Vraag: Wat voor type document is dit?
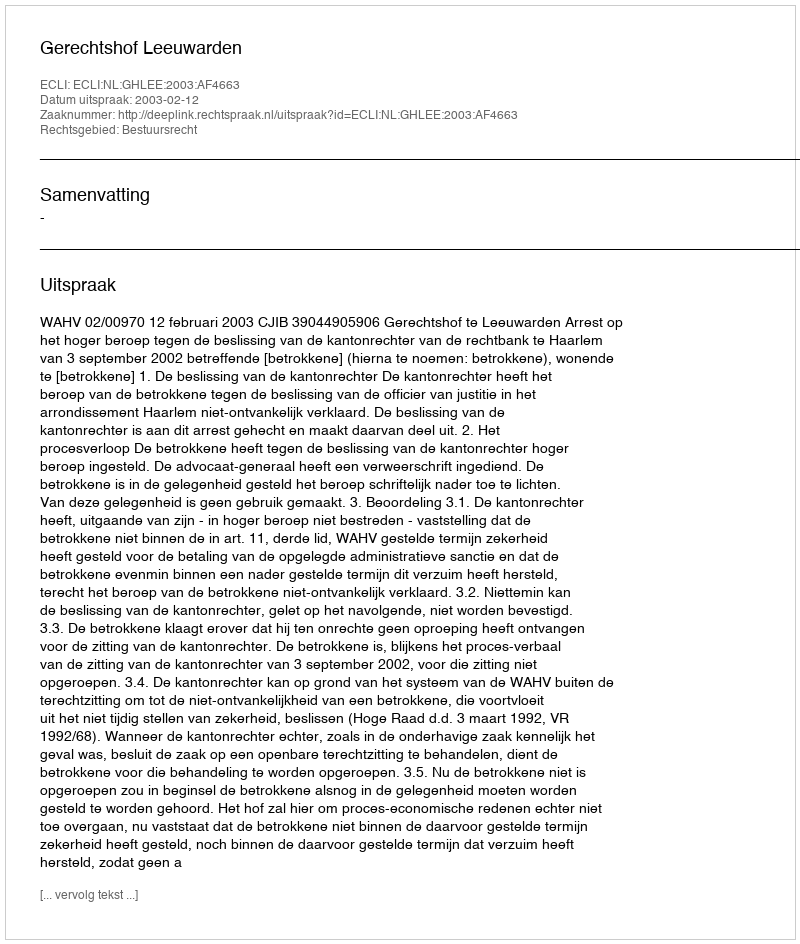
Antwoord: Uitspraak